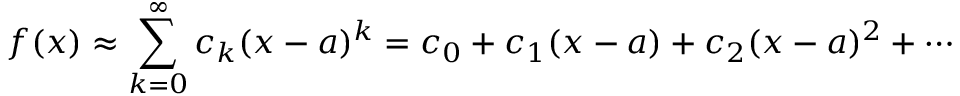
f ( x ) \approx \sum _ { k = 0 } ^ { \infty } c _ { k } ( x - a ) ^ { k } = c _ { 0 } + c _ { 1 } ( x - a ) + c _ { 2 } ( x - a ) ^ { 2 } + \cdots